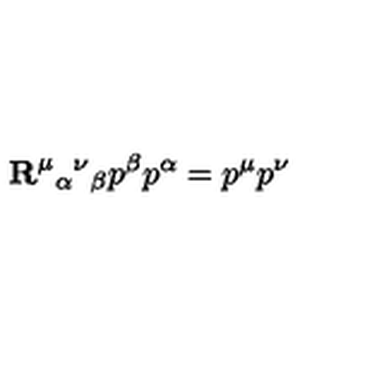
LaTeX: { \bf R } ^ { \mu } { } _ { \alpha } { } ^ { \nu } { } _ { \beta } p ^ { \beta } p ^ { \alpha } = p ^ { \mu } p ^ { \nu }